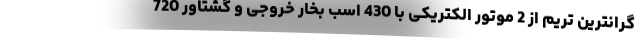
گرانترین تریم از 2 موتور الکتریکی با 430 اسب بخار خروجی و گشتاور 720